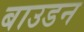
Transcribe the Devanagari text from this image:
बाउडन